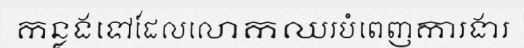
កន្លងទៅដែលលោកឈរបំពេញការងារ